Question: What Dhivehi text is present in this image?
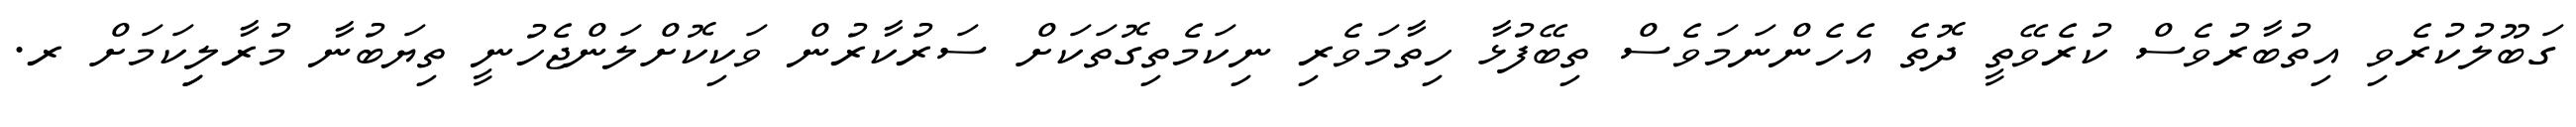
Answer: ގަބޫލުކުރެވި އިތުބާރުވެސް ކުރެވޭތީ ދޮތެ އެހެންނަމަވެސް ތިބޭފުޅާ ހިތާމަވެރި ނިކަމެތިގޮތަކަށް ސަރުކާރުން ވަކިކޮށްލަންޖެހުނީ ތިޔަބުނާ މުރާލިިކަމަށް ރ.